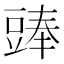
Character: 𧯵